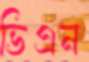
ভিএন